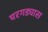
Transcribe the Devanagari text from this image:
घरगड्यास